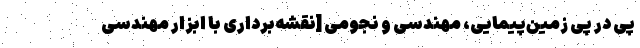
پی در پی زمین‌پیمایی، مهندسی و نجومی [نقشه‌برداری با ابزار مهندسی